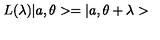
L ( \lambda ) | a , \theta > = | a , \theta + \lambda >